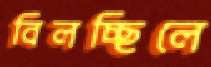
বিলচ্ছিলে